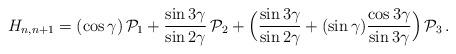
LaTeX: \begin{align*} H_{n,n+1} = (\cos\gamma)\, {\cal P}_1 + \frac{\sin 3\gamma}{\sin 2\gamma} \, {\cal P}_2 + \Bigl( \frac{\sin 3\gamma}{\sin 2\gamma} + (\sin\gamma) \frac{\cos 3\gamma}{\sin 3\gamma} \Bigr) \, {\cal P}_3 \,.\end{align*}